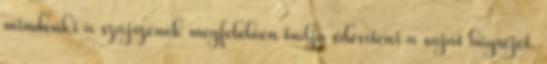
mindenki a szájízének megfelelően tudja édesíteni a saját bögréjét.